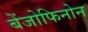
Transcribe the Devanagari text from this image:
बेंजोफिनोन